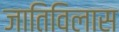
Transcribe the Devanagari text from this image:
जातिविलास